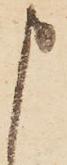
申